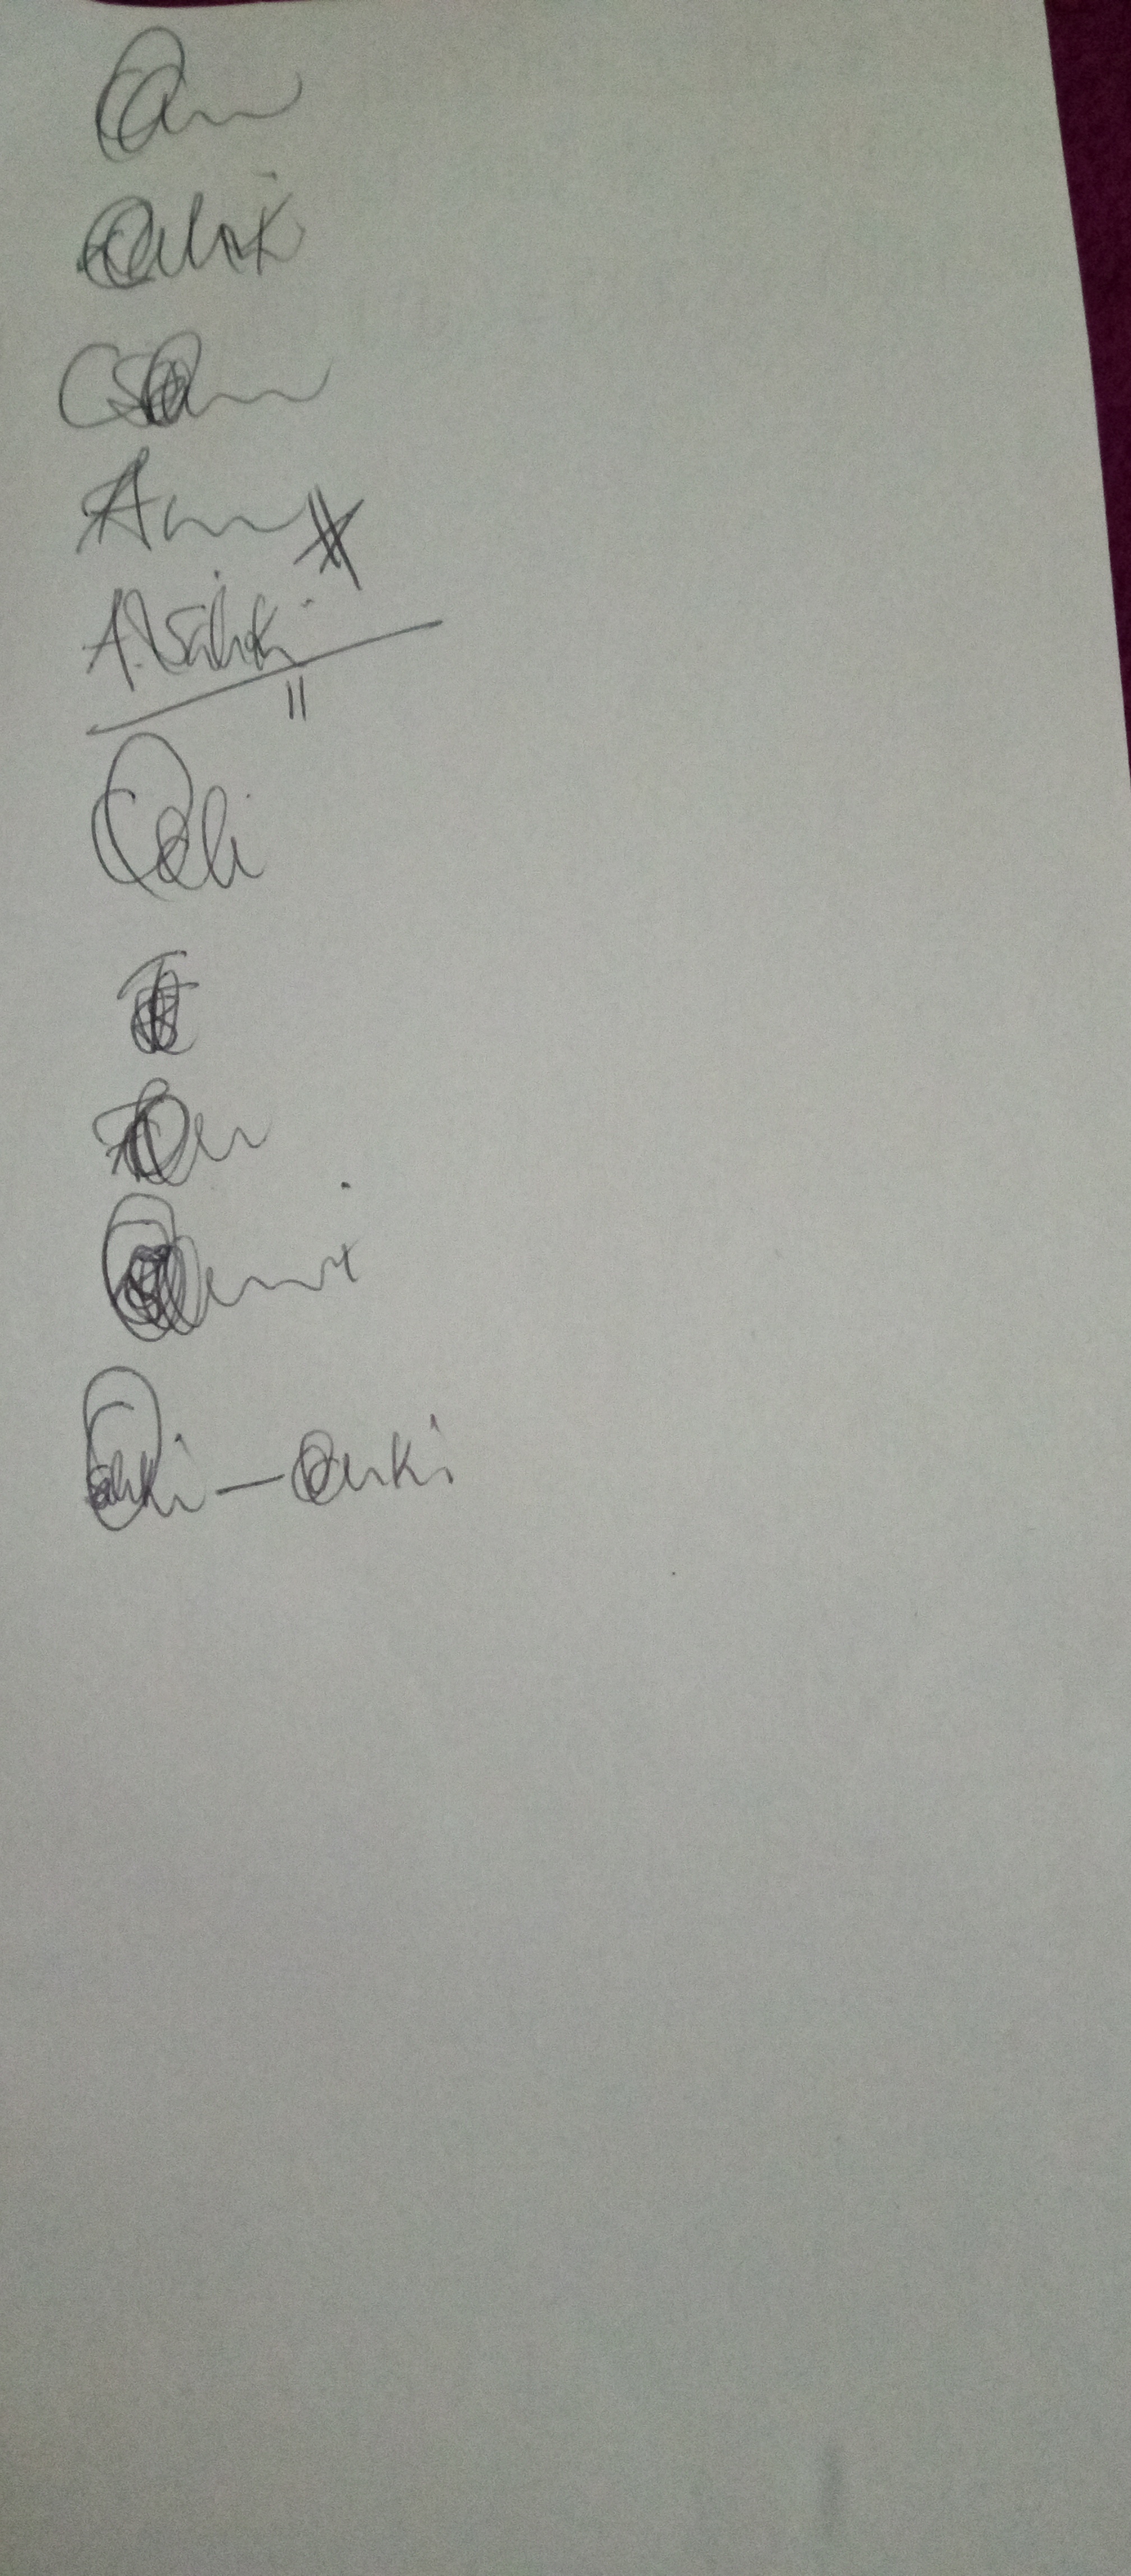
Signature authenticity: genuine